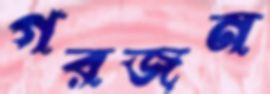
গরজন